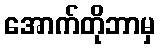
အောက်တိုဘာမှ